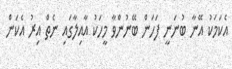
އެކަމަކު އޭނާ ބުނަނީ ފަހަން ބޭނުންވާ މީހަކު އާއިލާގައި ނެތް އިރު އެކަން